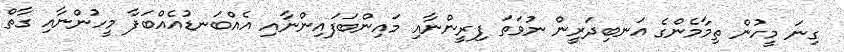
ގިނަ މީހުން ތިމާމެންގެ އަނބިދަރީން ނުވަތަ ފިރީންނާއި މައިންބަފައިންނާއި އެއްބަނޑުއެއްބަފާ މީހުންނާއި ގާތް